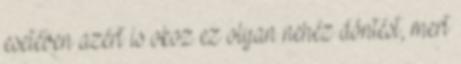
esetében azért is okoz ez olyan nehéz döntést, mert